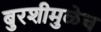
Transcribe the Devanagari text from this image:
बुरशीमुळेच